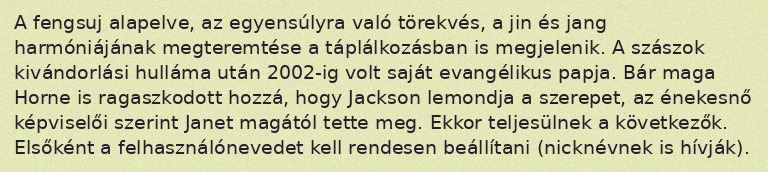
A fengsuj alapelve, az egyensúlyra való törekvés, a jin és jang harmóniájának megteremtése a táplálkozásban is megjelenik. A szászok kivándorlási hulláma után 2002-ig volt saját evangélikus papja. Bár maga Horne is ragaszkodott hozzá, hogy Jackson lemondja a szerepet, az énekesnő képviselői szerint Janet magától tette meg. Ekkor teljesülnek a következők. Elsőként a felhasználónevedet kell rendesen beállítani (nicknévnek is hívják).